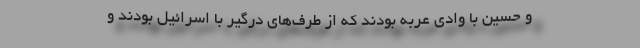
و حسین با وادی عربه بودند که از طرف‌های درگیر با اسرائیل بودند و